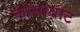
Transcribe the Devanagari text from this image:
कोसाबाट